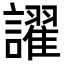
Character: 𬣑